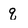
Character: q